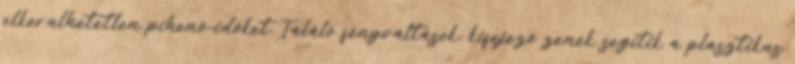
elkerülhetetlen pihenő-időket. Találó fényváltások, kifejező zenék segítik a plasztikus